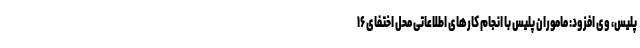
پلیس، وی افزود: ماموران پلیس با انجام کارهای اطلاعاتی محل اختفای ۱۶